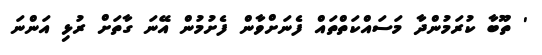
' ތޫބާ ކުރަމުންދާ މަސައްކަތްތައް ފެނަށްވާން ފެށުމުން އޭނަ ގާތަށް ރުޅި އަންނަ